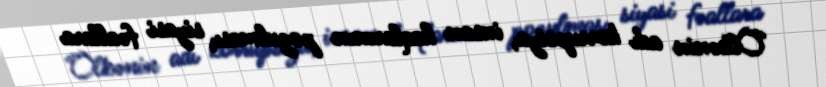
Ölkənin adı korrupsiya, insan haqlarının pozulması, siyasi fəallara